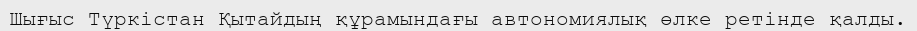
Шығыс Түркістан Қытайдың құрамындағы автономиялық өлке ретінде қалды.